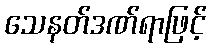
သေနတ်ဒဏ်ရာဖြင့်